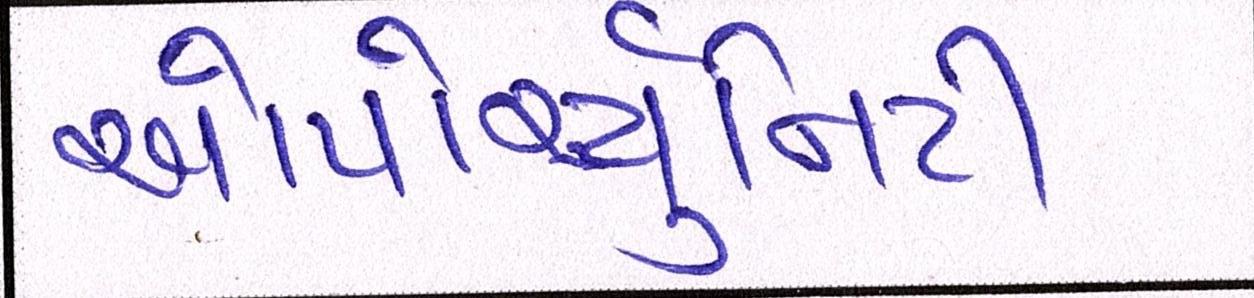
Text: ઓપોર્ચ્યુનિટી